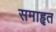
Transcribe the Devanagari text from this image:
समाहृत